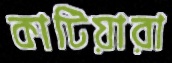
কাটিয়ারা